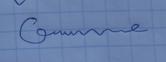
Signature authenticity: genuine